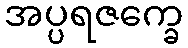
အပ္ပရဇက္ခေ